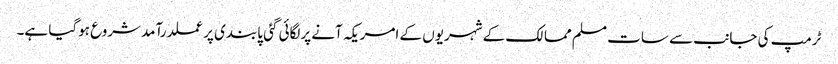
ٹرمپ کی جانب سے سات مسلم ممالک کے شہریوں کے امریکہ آنے پرلگائی گئی پابندی پرعملدرآمدشروع ہوگیا ہے۔